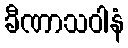
ခီဏာသဝါနံ